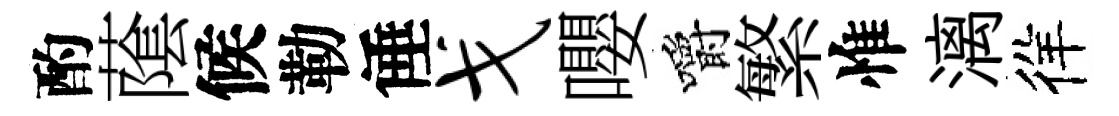
酌䕃候勒倕戈嚶嚼繁惟漓徉